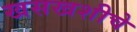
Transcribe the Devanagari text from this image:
खसखशीचे